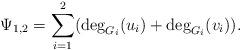
LaTeX: \begin{align*}\Psi_{1,2} = \sum_{i=1}^2 ( \deg_{G_i}(u_i) + \deg_{G_i}(v_i)).\end{align*}